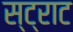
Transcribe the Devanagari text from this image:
स्ट्राट